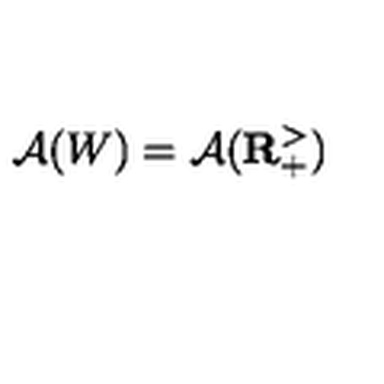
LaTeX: \mathcal { A } ( W ) = \mathcal { A } ( \mathbf { R } _ { + } ^ { > } )